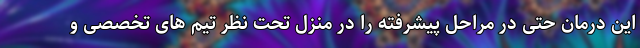
این درمان حتی در مراحل پیشرفته را در منزل تحت نظر تیم های تخصصی و